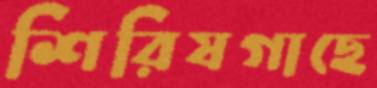
শিরিষগাছে